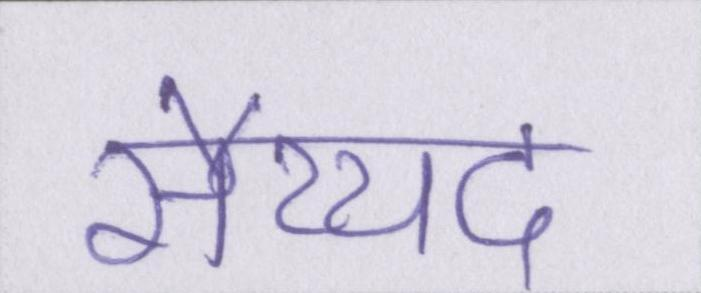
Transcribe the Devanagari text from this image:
सैय्यद